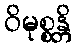
ဝိမုစ္စန္တိ